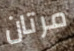
مرتان